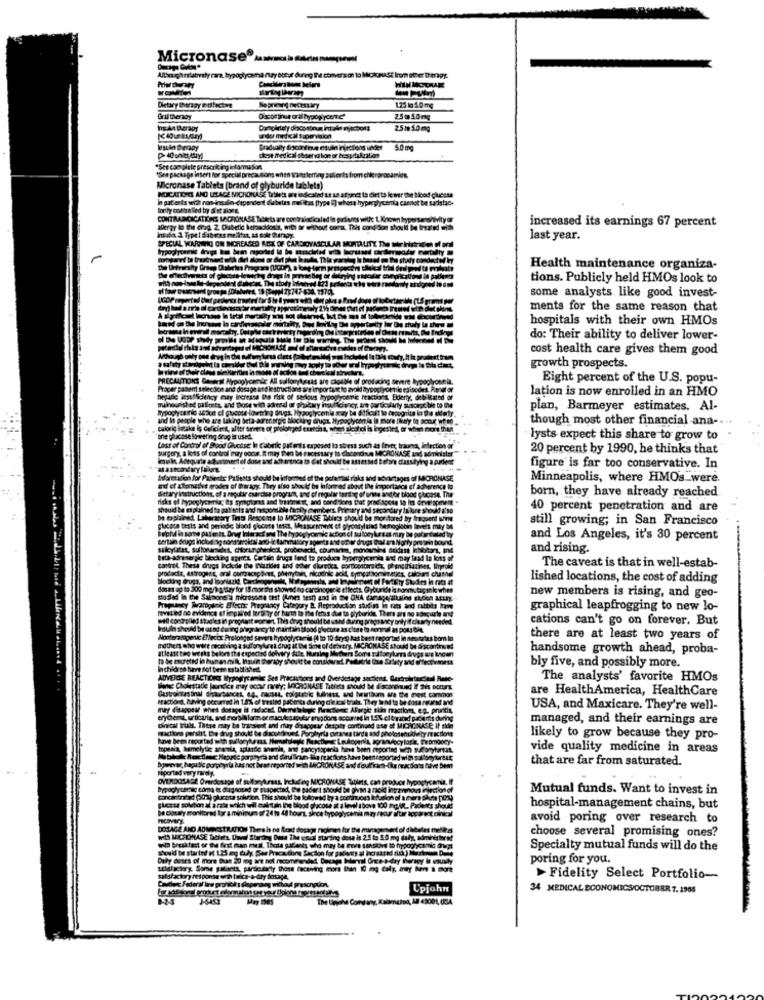
Micronase®A
Althoughrelatively rara, bypógłycama may betur during Ine conversion to MichonAst lrom sehet therapy.
Dietary Bergy Diffacture
1.25 kg 50 mg
Gril therapy
Dacontinue oral hypoglycen c'
25@ 50mg
Ing.An therapy
Dortplirtely discontinua intola mjschots
25- 50mg
uder med cal supervision
Isin therapy
Gradually disconeme mulin injections under
"Ser complete prescriting infarmason,
See package insert for special precautions when transferring zullents
groronamide.
Micronase Tablets [brand of glyburide tablets)
INDICATIONS AND USAGE MICRONAGE Tablets, are isdicated 1t 18 afyonct to diet to le wer the blood glucose
In pat ents wit ron insulin-dependent dubetas mel itas [type i] whest hyperglycemla cannot be sadistic-
CONTRADICICATIRES MICRONASE Dekets are contraindicated in girlones with 1, Known hyperseno/hvityor
increased its earnings 67 percent
allergy lo the drag. 2. Diabetic kemacidosis, with or without comat This condition should be treated with
Inate 2. Typet diaboons me that, as sole Therapy.
SPECIAL WARNING ON MOREASED ADY OF CARDIOVASCULAR MOMDUNTY The WIFE
last year.
Health maintenance organiza-
tions. Publicly held HMOs look to
some analysts like good invest-
ments for the same reason that
hospitals with their own HMOs
do: Their ability to deliver lower-
cost health care gives them good
growth prospects.
Eight percent of the U.S. popu-
lation is now enrolled in an HMO
plan, Barmeyer estimates. Al-
though most other financial ana --
lysts expect this share to grow to
sed lo stress
20 percent by 1990, he thinks that
figure is far too conservative. In
PiSeats s
Minneapolis, where HMOs_were
born, they have already reached
40 percent penetration and are
still growing; in San Francisco
and Los Angeles, it's 30 percent
and rising.
The caveat is that in well-estab-
lished locations, the cost of adding
new members is rising, and geo-
graphical leapfrogging to new lo-
cations can't go on forever. But
there are at least two years of
handsome growth ahead, proba-
bly five, and possibly more.
The analysts' favorite HMOs
are HealthAmerica, HealthCare
USA, and Maxicare. They're well-
managed, and their earnings are
likely to grow because they pro-
vide quality medicine in areas
et reported with LACRON
Be reactors kun
that are far from saturated.
OVERDOSAGE Overdosage
ROWACE
Mutual funds. Want to invest in
hospital-management chains, but
avoid poring over research to
DOSAGE AND ADIest RATION Thereis
with MICROMASE Tablets. Davel Sharon Duse The coil starting dose
choose several promising ones?
with breakfast of the first man mal. These patients who may t4 more
Should be started et 1.25 mg dule Fee Pracadons Saçson fur gadots al
Specialty mutual funds will do the
Duży doses of more Buen 20 meg are not recommended, Docapo Haryal
poring for you.
seisfactory. Some galanta, particularly those receiving mors than 10
satisfactory response with belice-a-try dosage,
> Fidelity Select Portfolio-
Upjohn
34 MEDICAL ECONOMICS/OCTOBER 7.1965
The Unohe Cony